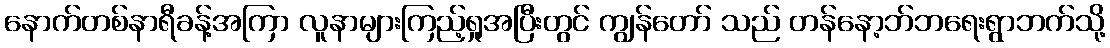
နောက်တစ်နာရီခန့်အကြာ လူနာများကြည့်ရှုအပြီးတွင် ကျွန်တော် သည် တန်နော့ဘ်ဘရေးရွာဘက်သို့